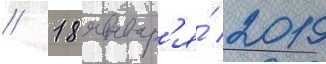
// 18 январ'я́ 2019